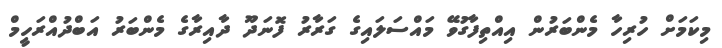
މިކަމަށް ހުރިހާ މެންބަރުން އިއްތިފާގުވޭ މައްސަލައިގެ ގަރާރު ފޮނަދޫ ދާއިރާގެ މެންބަރު އަބްދުއްރަހީމް